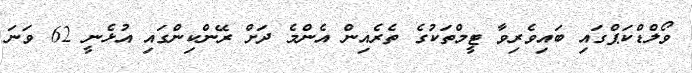
ވޯލްޑްކަޕްގައި ބައިވެރިވާ ޓީމްތަކުގެ ތެރެއިން އެންމެ ދަށް ރޭންކިންގައި އުޅެނީ 62 ވަނަ